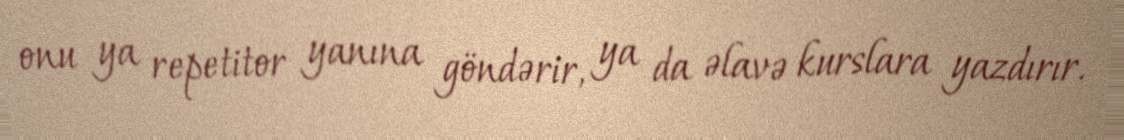
onu ya repetitor yanına göndərir, ya da əlavə kurslara yazdırır.